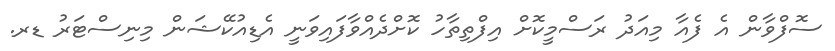
ސޮފްވާން އެ ފެއާ މިއަދު ރަސްމީކޮށް އިފްތިތާހު ކޮށްދެއްވާފައިވަނީ އެޑިއުކޭޝަން މިނިސްޓަރު ޑރ.